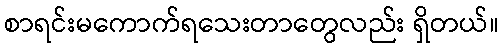
စာရင်းမကောက်ရသေးတာတွေလည်း ရှိတယ်။